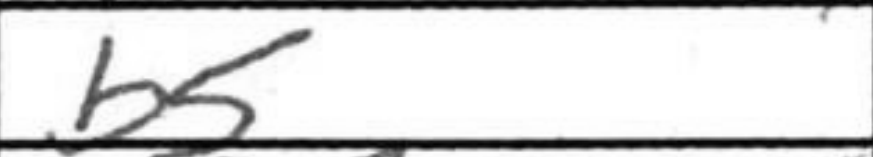
Transcription: b5